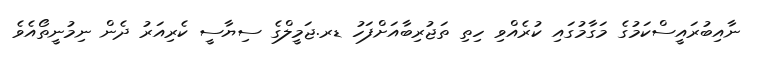
ނާއިބުރައީސްކަމުގެ މަގާމުގައި ކުރެއްވި ހިތި ތަޖުރިބާއަށްފަހު ޑރ.ޖަމީލްގެ ސިޔާސީ ކެރިއަރު ދެން ނިމުނީތޯއެވެ